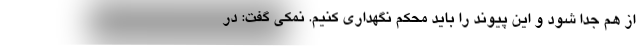
از هم جدا شود و این پیوند را باید محکم نگهداری کنیم. نمکی گفت: در